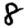
Digit: 8